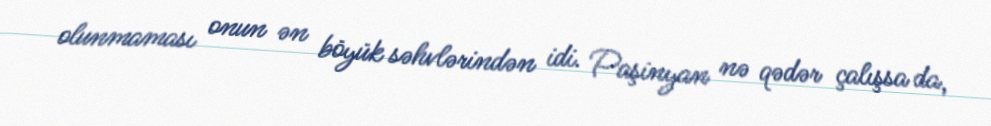
olunmaması onun ən böyük səhvlərindən idi. Paşinyan nə qədər çalışsa da,